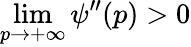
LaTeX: \operatorname*{lim}_{p\to+\infty}\psi^{\prime\prime}(p)>0